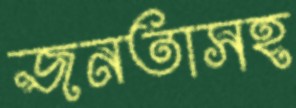
জনতাসহ